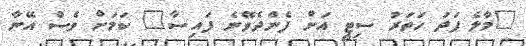
"މާލެ ފަދަ ހަތަރު ސިޓީ އަށް ފެންދެވޭނެ ފައިސާ" ކަމަށް ވެސް އޭނާ